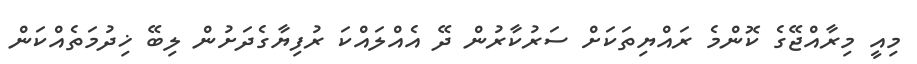
މިއީ މިރާއްޖޭގެ ކޮންމެ ރައްޔިތަކަށް ސަރުކާރުން ދޭ އެއްލައްކަ ރުފިޔާގެދަށުން ލިބޭ ޚިދުމަތެއްކަން